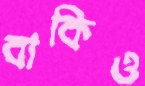
বাকিও